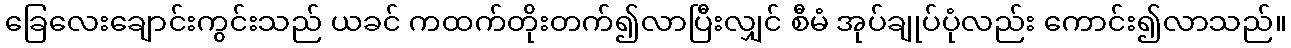
ခြေလေးချောင်းကွင်းသည် ယခင် ကထက်တိုးတက်၍လာပြီးလျှင် စီမံ အုပ်ချုပ်ပုံလည်း ကောင်း၍လာသည်။